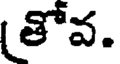
(తోవ.